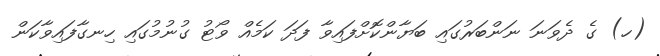
(ހ) ގެ ދެވަނަ ނަންބަރުގައި ބަޔާންކޮށްފައިވާ ފަދަ ކަމެއް ވޯޓު ގުނުމުގައި ހިނގާފައިވާކަން